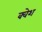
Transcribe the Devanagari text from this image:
क्वेश